Vaccination in Burma 1920-1933 - 1920-1933
Year: 1920
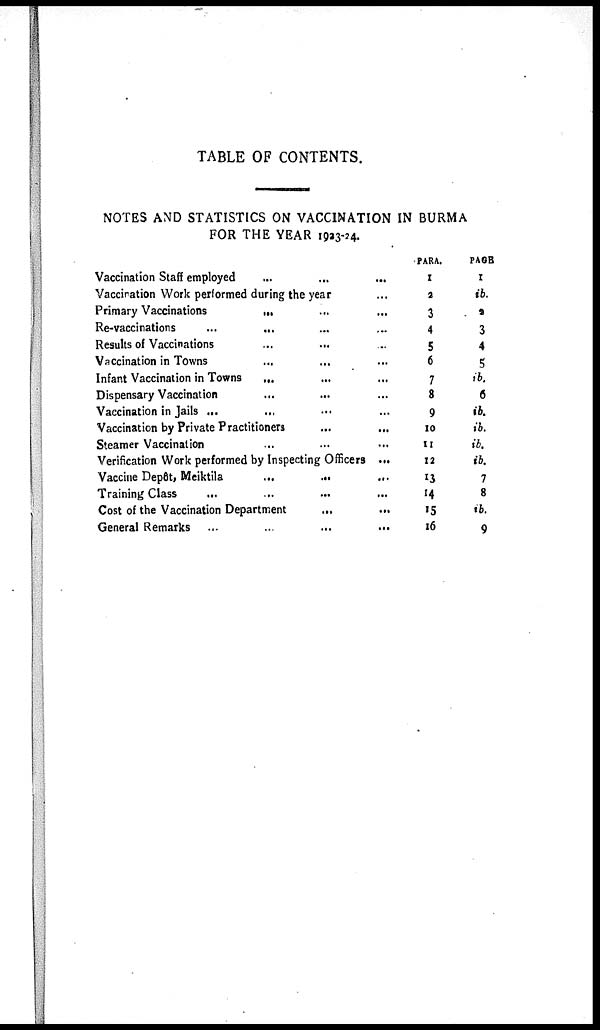
TABLE OF CONTENTS.
NOTES AND STATISTICS ON VACCINATION IN BURMA
FOR THE YEAR 1923-24.
Vaccination Staff employed... ... ...
Vaccination Work performed during the year... ... ...
Primary Vaccinations... ... ...
Re-vaccinations...
...
...
Results of Vaccinations... ... ...
Vaccination in Towns... ... ...
Infant Vaccination in Towns ... ... ...
Dispensary Vaccination ... ... ...
Vaccination in Jails... ... ... ...
Vaccination by Private Practitioners
...
...
...
Steamer
Vaccination...
...
...
Verification Work performed by Inspecting Officers ...
Vaccine Depôt,
Meiktila...
...
...
Training Class ... ... ...
Cost of the Vaccination Department
...
...
...
General Remarks
...
...
...
PARA.
1
2
3
4
5
6
7
8
9
10
11
12
13
14
15
16
PAGE
1
ib.
2
3
4
5
ib.
6
ib.
ib.
ib.
ib.
7
8
ib.
9